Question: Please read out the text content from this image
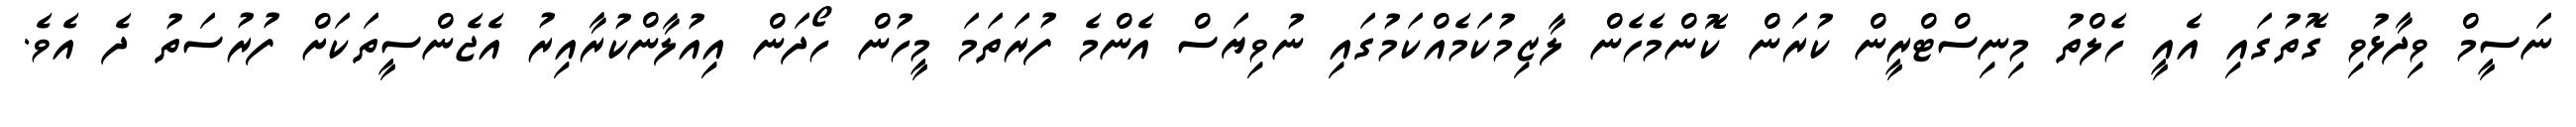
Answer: ނަސީމް ވިދާޅުވި ގޮތުގައި އެއީ ހެލްތު މިނިސްޓްރީން ކުރަން ކޮންމެހެން ލާޒިމުކަމެއްކަމުގައި ނުވިޔަސް އެންމެ ފުރަތަމަ މީހުން ހޯދަން އިއުލާންކުރާއިރު އެޖެންސީތަކަށް ފުރުސަތު ދެ އެވެ.